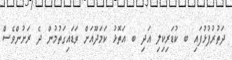
ދަތުރުފުޅުފައި ބ ކުޑަރިކިލި އަދި ބ އަތޮޅު ކަމަދޫއަށް ވަޑައިގަތުމުން ދެ ރަށުންވެސް